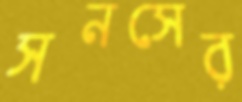
সনসের